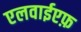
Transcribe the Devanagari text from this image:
एलवाईएफ़